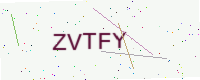
Text: ZVTFY